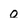
Character: o